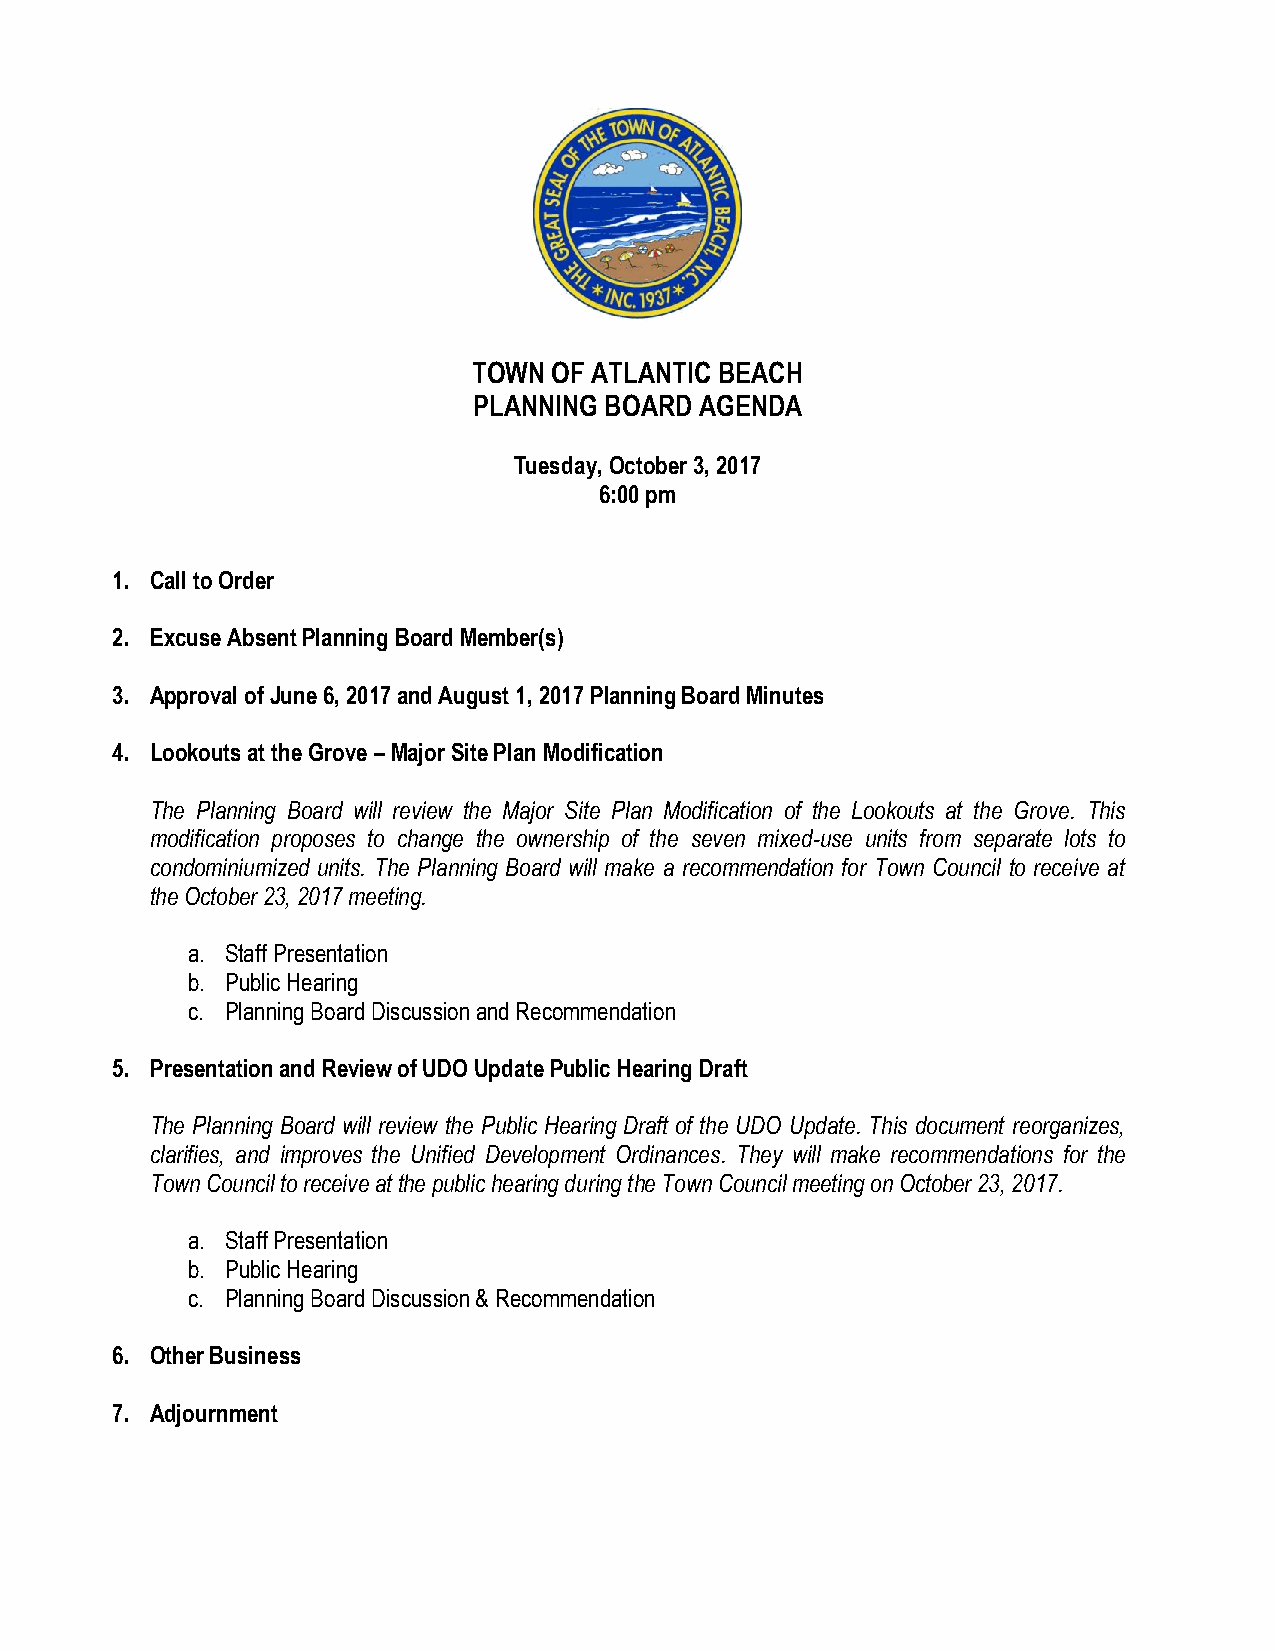
TOWN  OF ATLANTIC BEACH
 PLANNING BOARD AGENDA
 Tuesday, October 3, 2017
 6:00 pm
 1. Call to Order
 2. Excuse Absent Planning Board Member(s)
 3. Approval of June 6, 2017 and August 1, 2017 Planning Board Minutes
 4. Lookouts at the Grove – Major Site Plan Modification
 The Planning Board will review the Major Site Plan Modification of the Lookouts at the Grove. This
 modification proposes to change the ownership of the seven mixed-use units from separate lots to
 condominiumized units. The Planning Board will make a recommendation for Town Council to receive at
 the October 23, 2017 meeting.
 a. Staff Presentation
 b. Public Hearing
 c. Planning Board Discussion and Recommendation
 5. Presentation and Review of UDO Update Public Hearing Draft
 The Planning Board will review the Public Hearing Draft of the UDO Update. This document reorganizes,
 clarifies, and improves the Unified Development Ordinances. They will make recommendations for the
 Town Council to receive at the public hearing during the Town Council meeting on October 23, 2017.
 a. Staff Presentation
 b. Public Hearing
 c. Planning Board Discussion & Recommendation
 6. Other Business
 7. Adjournment